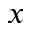
x